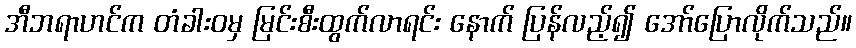
အီဘရာဟင်က တံခါးဝမှ မြင်းစီးထွက်လာရင်း နောက် ပြန်လည့်၍ အော်ပြောလိုက်သည်။